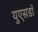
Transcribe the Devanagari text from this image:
युएसडॉ